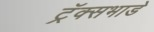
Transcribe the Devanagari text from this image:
ट्रॅक्सभाडे